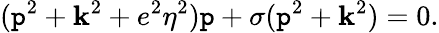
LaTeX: (\mathtt{p}^{2}+{\mathbf{k}}^{2}+e^{2}\eta^{2})\mathtt{p}+\sigma(\mathtt{p}^{2}+{\mathbf{k}}^{2})=0.